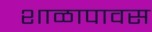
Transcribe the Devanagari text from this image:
शाळापावस